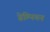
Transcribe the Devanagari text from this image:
ग्रेम्पियन